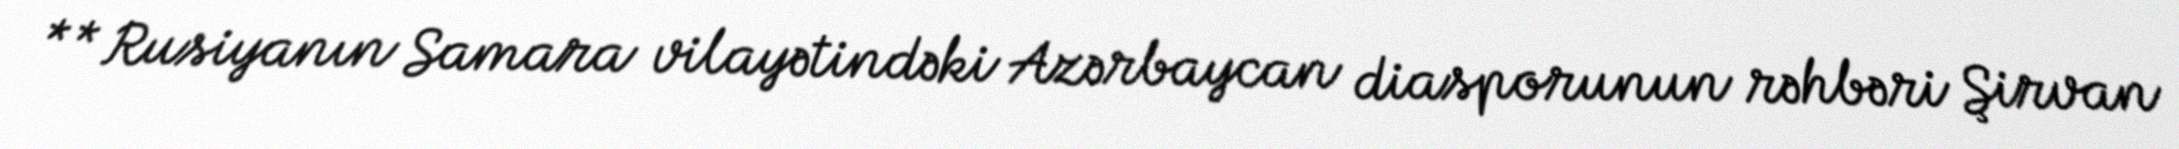
** Rusiyanın Samara vilayətindəki Azərbaycan diasporunun rəhbəri Şirvan